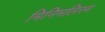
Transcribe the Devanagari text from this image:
मिनिमलिस्म